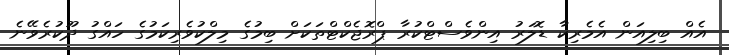
އެއް ބިލިއަން އެމެރިކާ ޑޮލަރު އިންވެސްޓްކުރާ ޕްރޮޖެކްޓްތަކަށް ބިމުގެ މިލްކުވެރިކަމުގެ ހައްގު ދޫކުރެވޭނެ